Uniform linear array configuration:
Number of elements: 24
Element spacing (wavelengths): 0.25
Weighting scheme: binomial
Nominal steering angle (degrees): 60
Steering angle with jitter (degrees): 59.145
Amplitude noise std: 0.05
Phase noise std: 0.05

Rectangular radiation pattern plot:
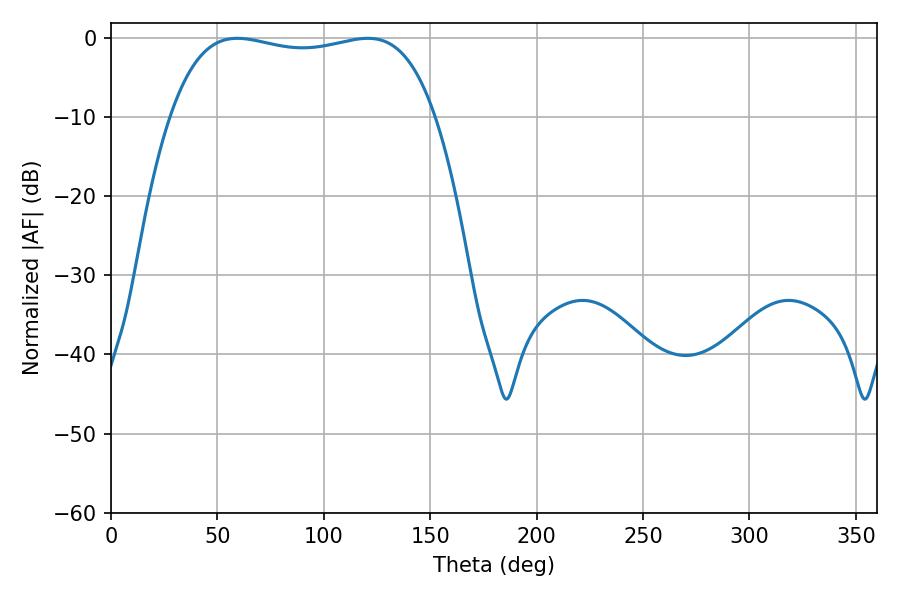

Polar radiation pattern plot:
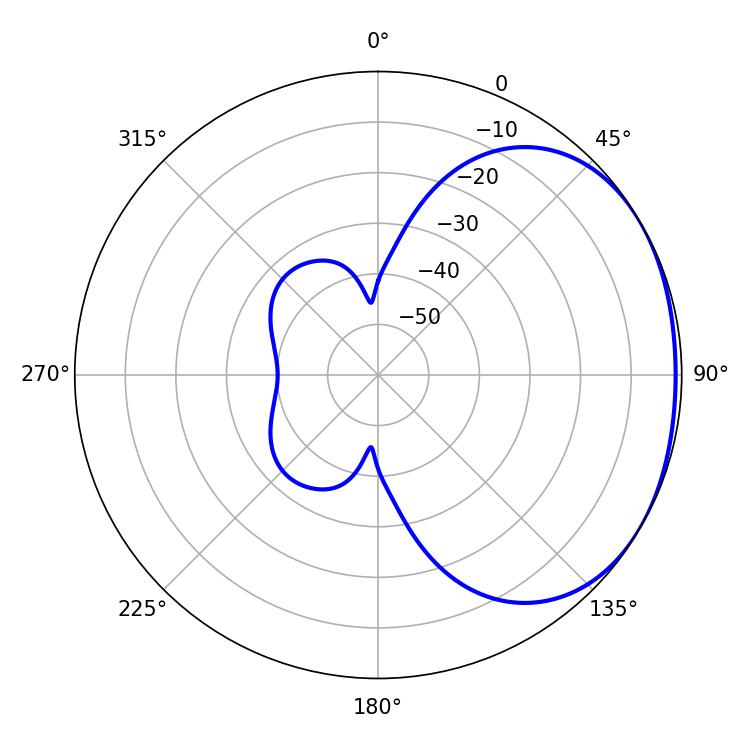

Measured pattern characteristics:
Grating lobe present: FALSE
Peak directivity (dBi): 1.588
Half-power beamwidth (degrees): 100.08
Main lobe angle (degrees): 59.4